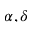
\alpha , \delta